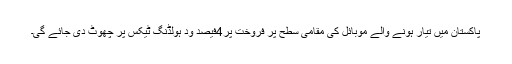
پاکستان میں تیار ہونے والے موبائل کی مقامی سطح پر فروخت پر4فیصد ود ہولڈنگ ٹیکس پر چھوٹ دی جائے گی۔